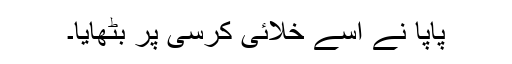
پاپا نے اسے خلائی کرسی پر بٹھایا۔